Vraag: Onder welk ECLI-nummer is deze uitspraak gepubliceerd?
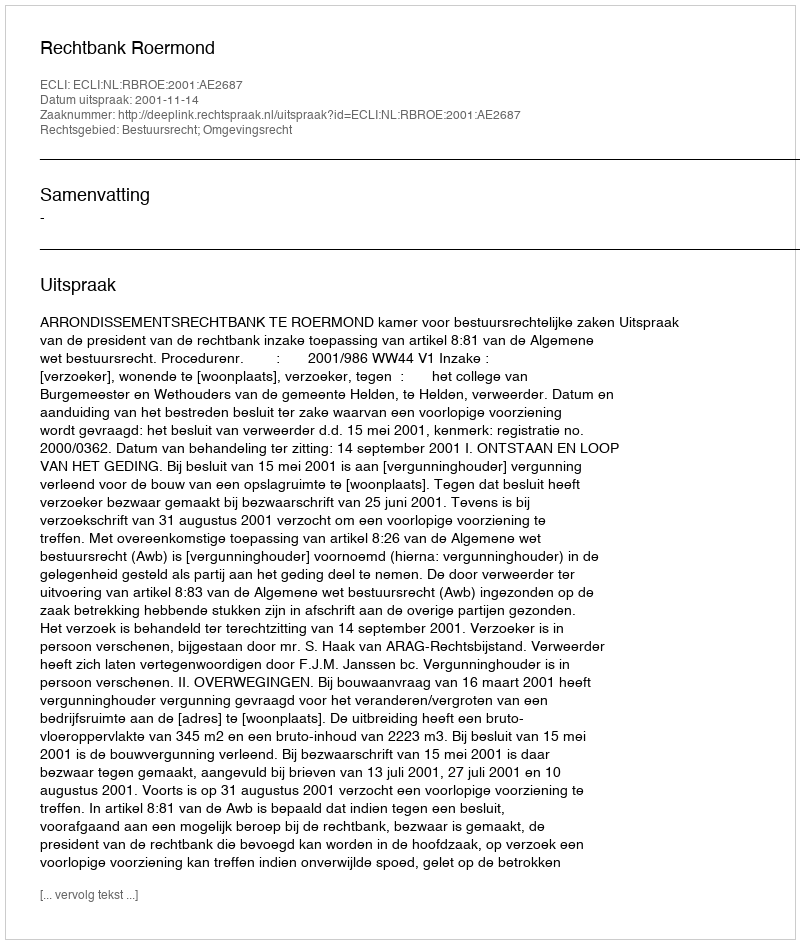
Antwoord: ECLI:NL:RBROE:2001:AE2687